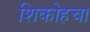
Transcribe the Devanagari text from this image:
शिकोहचा